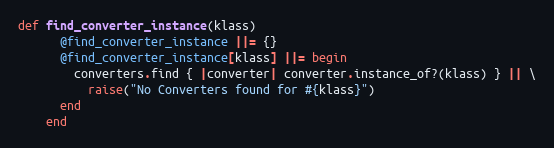
Language: Ruby
def find_converter_instance(klass)
      @find_converter_instance ||= {}
      @find_converter_instance[klass] ||= begin
        converters.find { |converter| converter.instance_of?(klass) } || \
          raise("No Converters found for #{klass}")
      end
    end